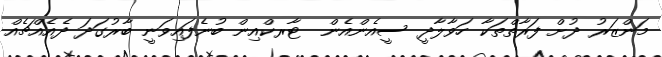
މަންޒަރު ދުށް ފަރާތްތަކާ ހަވާލާދީ ސީއެންއެން  ޓާރކްއިން ބުނެފައިވަނީ ބާރުގަދަ ދެއެއްޗެއް